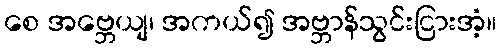
စေ အဗ္ဘေယျ၊ အကယ်၍ အဗ္ဘာန်သွင်းငြားအံ့။